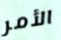
الأمر